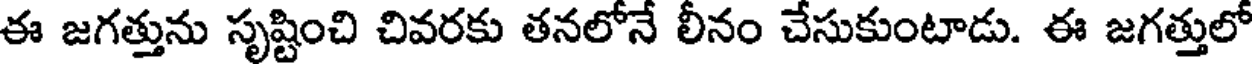
ఈ జగత్తును సృష్టించి చివరకు తనలోనే లీనం చేసుకుంటాడు. ఈ జగత్తులో